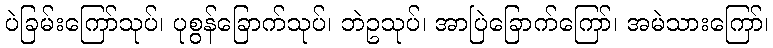
ပဲခြမ်းကြော်သုပ်၊ ပုစွန်ခြောက်သုပ်၊ ဘဲဥသုပ်၊ အာပြဲခြောက်ကြော်၊ အမဲသားကြော်၊